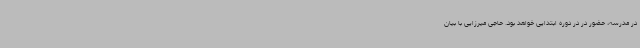
در مدرسه، حضور در در دوره ابتدایی خواهد بود. حاجی میرزایی با بیان